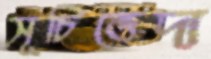
সূচিভেদ্য